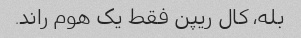
بله، کال ریپن فقط یک هوم راند.